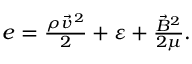
\begin{array} { r } { e = \frac { \rho \vec { v } ^ { \, 2 } } { 2 } + \varepsilon + \frac { \vec { B } ^ { 2 } } { 2 \mu } . } \end{array}